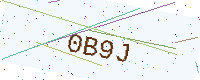
Text: 0B9J